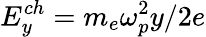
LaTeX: E_{y}^{ch}=m_{e}\omega_{p}^{2}y/2e